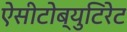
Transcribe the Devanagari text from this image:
ऐसीटोब्युटिरेट